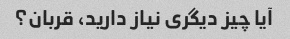
آیا چیز دیگری نیاز دارید، قربان؟